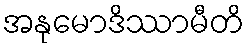
အနုမောဒိဿာမီတိ